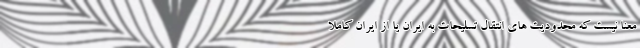
معنا نیست که محدودیت های انتقال تسلیحات به ایران یا از ایران کاملا